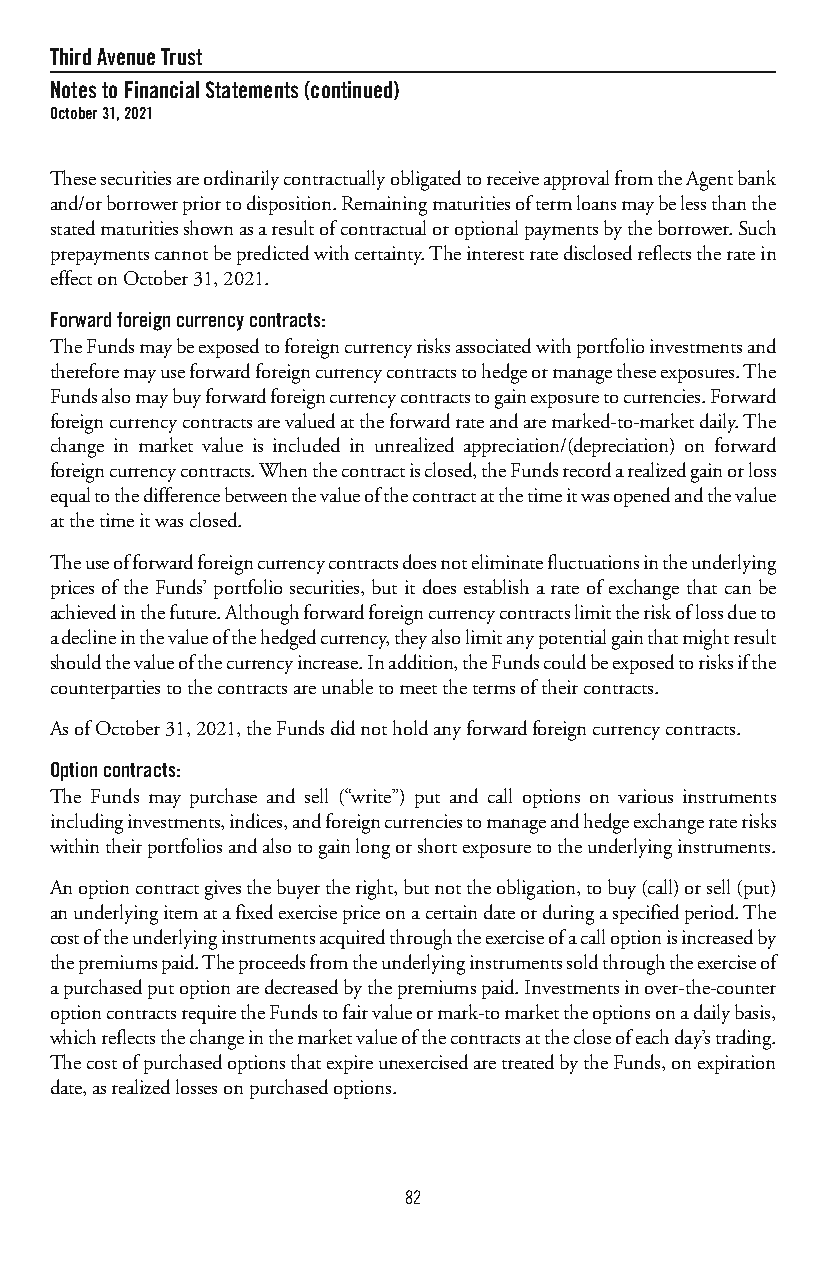
ThirdAvenueTrust
 NotestoFinancialStatements(continued)
 October31,2021
 ThesesecuritiesareordinarilycontractuallyobligatedtoreceiveapprovalfromtheAgentbank
 and/orborrowerpriortodisposition.Remainingmaturitiesoftermloansmaybelessthanthe
 statedmaturitiesshownasaresultofcontractualoroptionalpaymentsbytheborrower.Such
 prepaymentscannotbepredictedwithcertainty.Theinterestratedisclosedreflectstheratein
 effectonOctober31,2021.
 Forwardforeigncurrencycontracts:
 TheFundsmaybeexposedtoforeigncurrencyrisksassociatedwithportfolioinvestmentsand
 thereforemayuseforwardforeigncurrencycontractstohedgeormanagetheseexposures.The
 Fundsalsomaybuyforwardforeigncurrencycontractstogainexposuretocurrencies.Forward
 foreigncurrencycontractsarevaluedattheforwardrateandaremarked-to-marketdaily.The
 change in market value is included in unrealized appreciation/(depreciation) on forward
 foreigncurrencycontracts.Whenthecontractisclosed,theFundsrecordarealizedgainorloss
 equaltothedifferencebetweenthevalueofthecontractatthetimeitwasopenedandthevalue
 atthetimeitwasclosed.
 Theuseofforwardforeigncurrencycontractsdoesnoteliminatefluctuationsintheunderlying
 prices of the Funds’ portfolio securities, but it does establish a rate of exchange that can be
 achievedinthefuture.Althoughforwardforeigncurrencycontractslimittheriskoflossdueto
 adeclineinthevalueofthehedgedcurrency,theyalsolimitanypotentialgainthatmightresult
 shouldthevalueofthecurrencyincrease.Inaddition,theFundscouldbeexposedtorisksifthe
 counterpartiestothecontractsareunabletomeetthetermsoftheircontracts.
 AsofOctober31,2021,theFundsdidnotholdanyforwardforeigncurrencycontracts.
 Optioncontracts:
 The Funds may purchase and sell (“write”) put and call options on various instruments
 includinginvestments,indices,andforeigncurrenciestomanageandhedgeexchangeraterisks
 withintheirportfoliosandalsotogainlongorshortexposuretotheunderlyinginstruments.
 Anoptioncontractgivesthebuyertheright,butnottheobligation,tobuy(call)orsell(put)
 anunderlyingitematafixedexercisepriceonacertaindateorduringaspecifiedperiod.The
 costoftheunderlyinginstrumentsacquiredthroughtheexerciseofacalloptionisincreasedby
 thepremiumspaid.Theproceedsfromtheunderlyinginstrumentssoldthroughtheexerciseof
 apurchasedputoptionaredecreasedbythepremiumspaid.Investmentsinover-the-counter
 optioncontractsrequiretheFundstofairvalueormark-tomarkettheoptionsonadailybasis,
 whichreflectsthechangeinthemarketvalueofthecontractsatthecloseofeachday’strading.
 ThecostofpurchasedoptionsthatexpireunexercisedaretreatedbytheFunds,onexpiration
 date,asrealizedlossesonpurchasedoptions.
 82